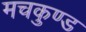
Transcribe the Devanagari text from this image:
मचकुण्ड